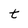
Character: t